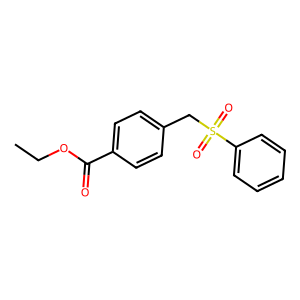
SMILES: CCOC(=O)c1ccc(CS(=O)(=O)c2ccccc2)cc1
Inhibits HIV replication: No